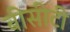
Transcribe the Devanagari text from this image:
बीसीटी